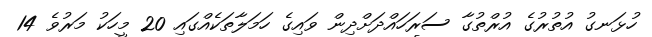
ހުޅަނގު އުތުރުގެ އުރްތުގާ ސަރަހައްދަށްދިން ވައިގެ ހަމަލާތަކެއްގައި 20 މީހަކު މަރުވެ 14